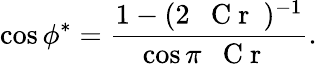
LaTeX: \cos{\phi^{*}}=\frac{1-(2\mathrm{~\textit~{~C~r~}~})^{-1}}{\cos\pi\mathrm{~\textit~{~C~r~}~}}.